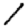
Digit: 1